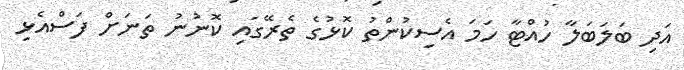
އަދި ބަލަބަލާ ހުއްޓާ ހަމަ އެސިކުންތު ކޮޅުގެ ތެރޭގައި ކޮނުނު ތަނަށް ފަސްއެޅި